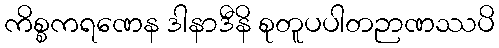
ကိစ္စကရဏေန ဒါနာဒီနိ စုတူပပါတဉာဏဿပိ